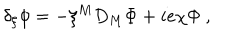
\delta _ { \xi } \phi = - \xi ^ { M } D _ { M } \Phi + i e \chi \Phi ~ ,